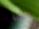
تشبة